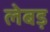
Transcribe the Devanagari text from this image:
लेबड़